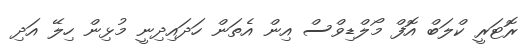
ރޮޓަރީ ކްލަބް އޮފް މޯލްޑިވްސް އިން އެތަން ހަދައިދިނީ މުޅިން ހިލޭ އަދި